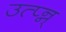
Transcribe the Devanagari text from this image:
उत्प्‍न्न्